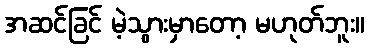
အဆင်ခြင် မဲ့သွားမှာတော့ မဟုတ်ဘူး။